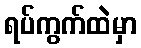
ရပ်ကွက်ထဲမှာ